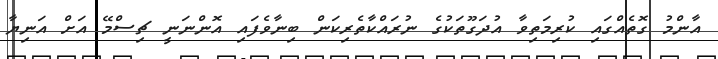
އާންމު ގޮތެއްގައި ކުރިމަތިވާ އުދަގޫތަކުގެ ނުރައްކާތެރިކަން ބިނާވެފައި އޮންނަނީ ޗިސްމޭ އަށް އަނިޔާ